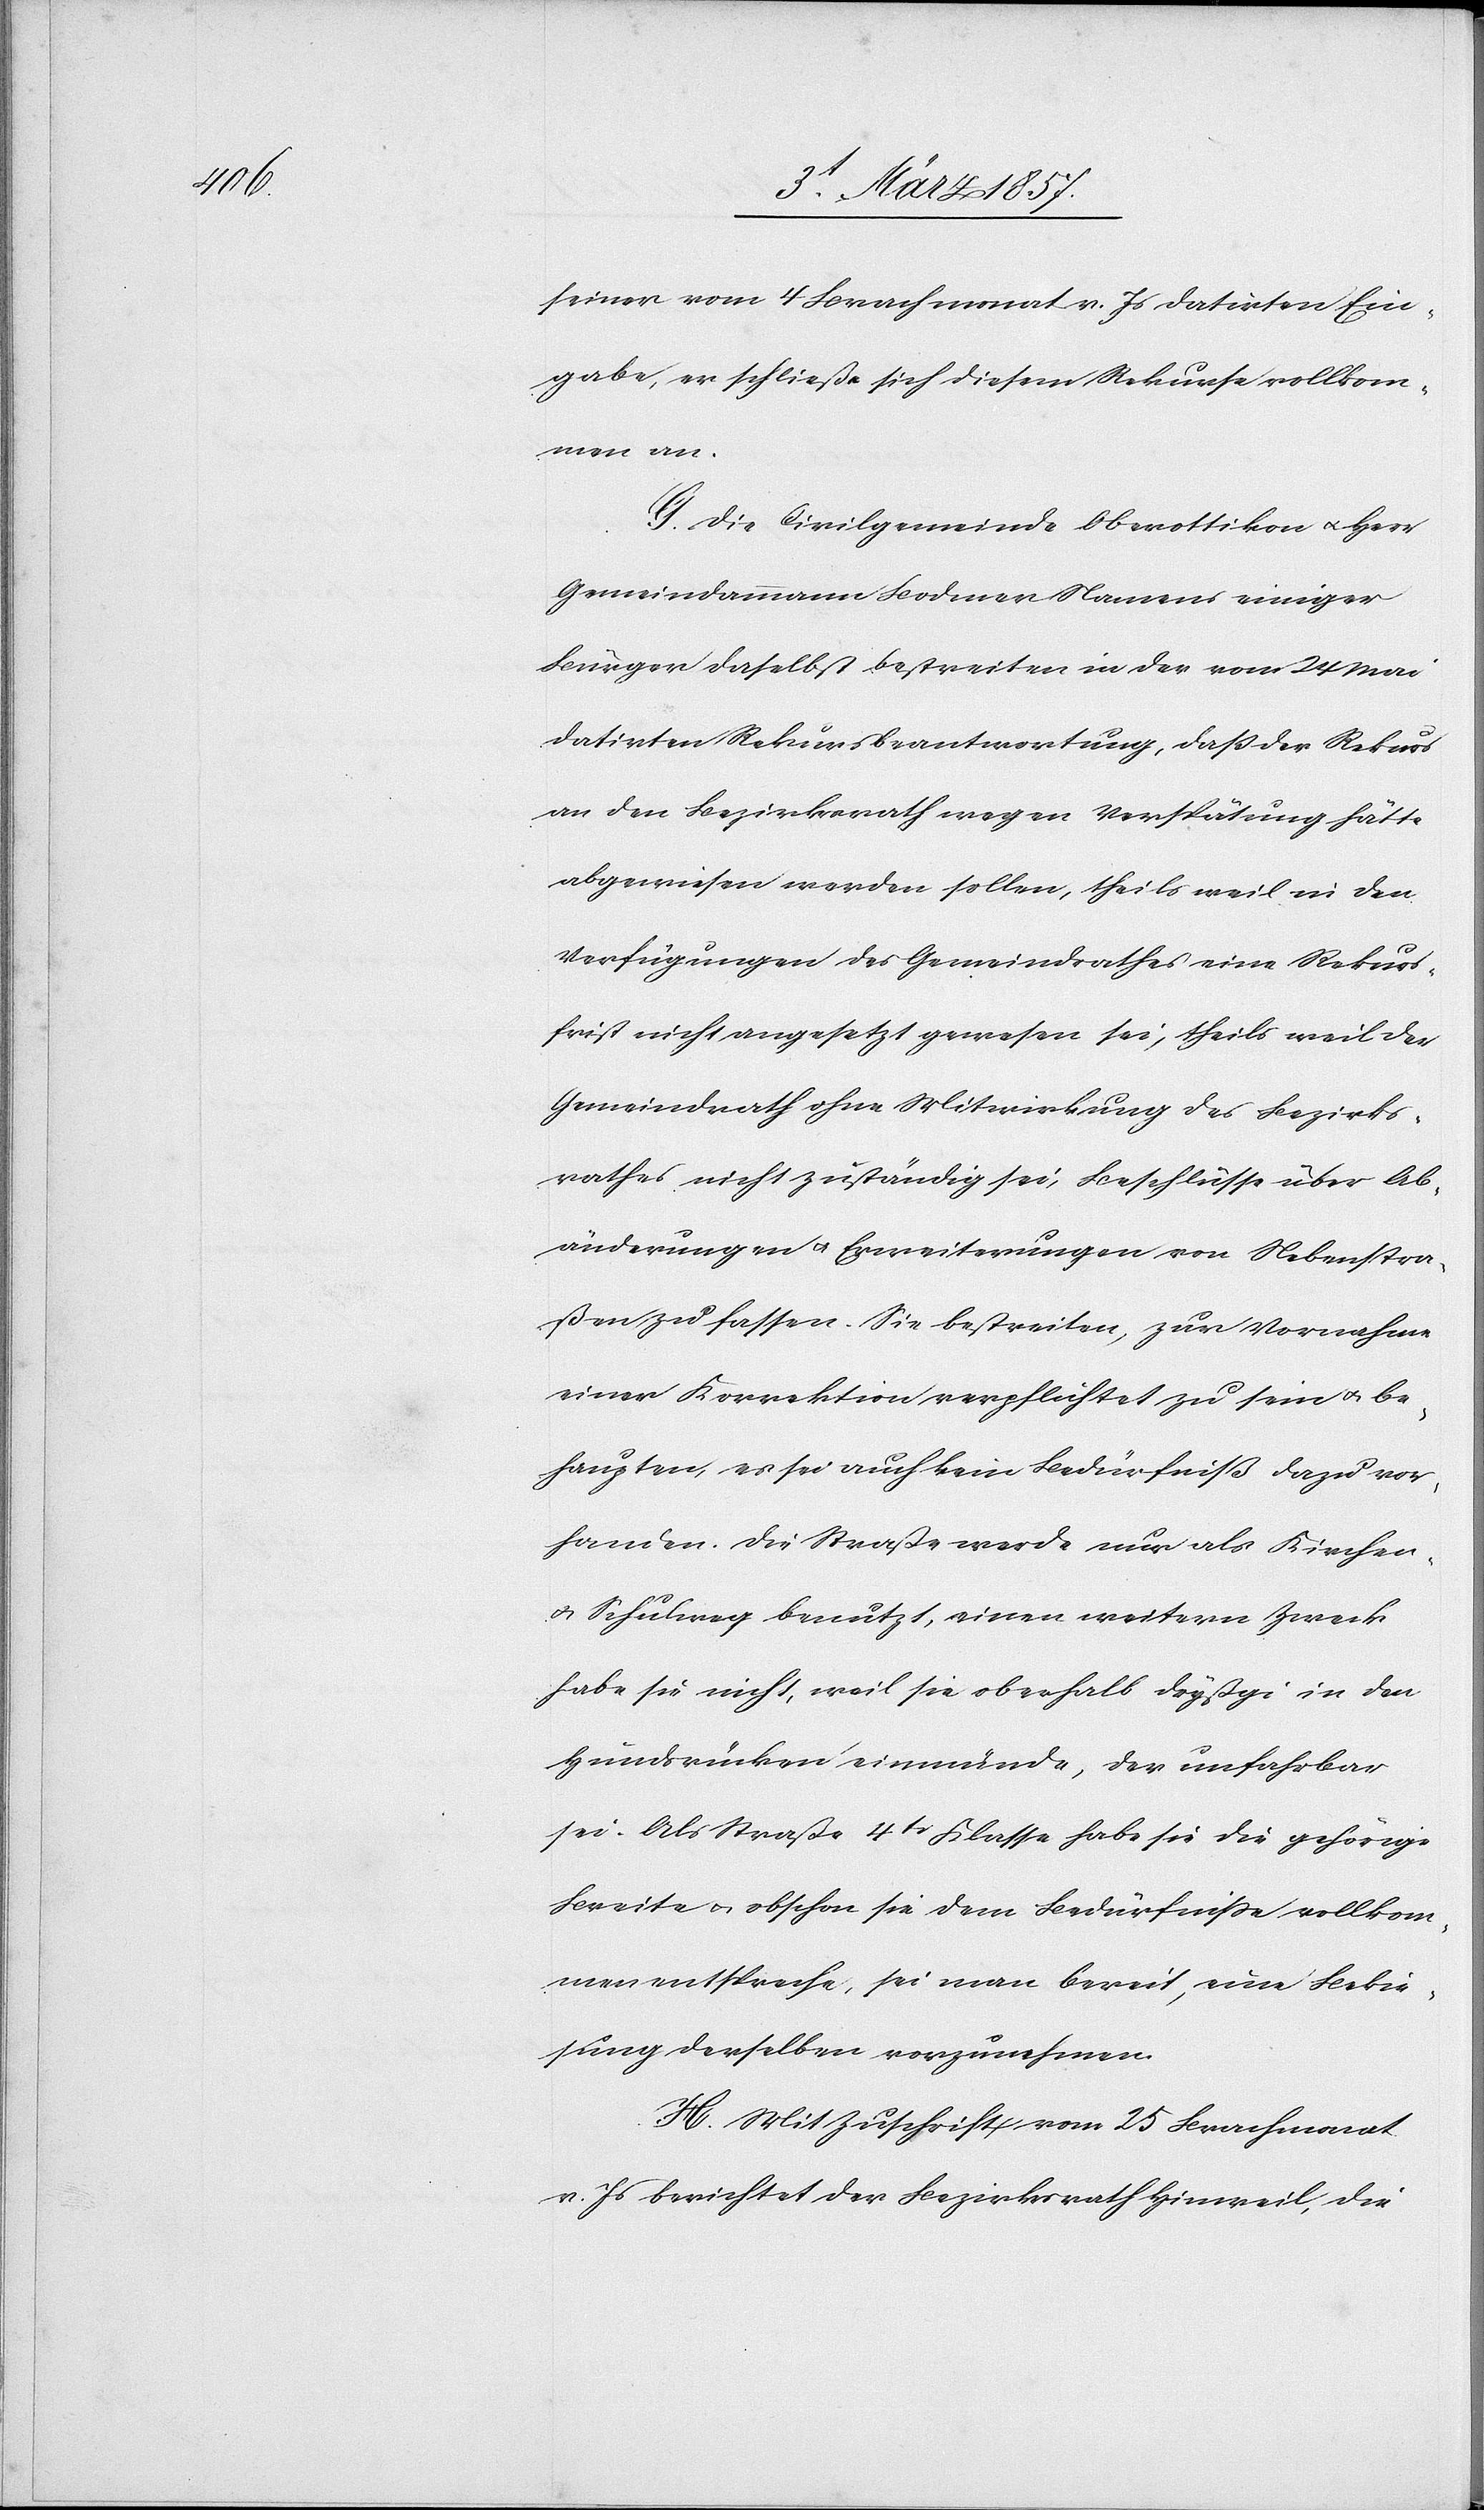
seiner vom 4 Brachmonat v. Js datirten Ein¬
gabe, er schließe sich diesem Rekurse vollkom¬
men an.
G. Die Civilgemeinde Oberottikon u. Herr
Gemeindammann Bodmer Namens einiger
Bürger daselbst bestreiten in der vom 24 Mai
datirten Rekursbeantwortung, daß der Rekurs
an den Bezirksrath wegen Verspätung hätte
abgewiesen werden sollen, theils weil in den
Verfügungen des Gemeindrathes eine Rekurs¬
frist nicht angesetzt gewesen sei, theils weil der
Gemeindrath ohne Mitwirkung des Bezirks¬
rathes nicht zuständig sei, Beschlüsse über Ab¬
änderungen u. Erweiterungen von Nebenstra¬
ßen zu fassen. Sie bestreiten, zur Vornahme
einer Korrektion verpflichtet zu sein u. be¬
haupten, es sei auch kein Bedürfniß dazu vor¬
handen. Die Straße werde nur als Kirchen-
u. Schulweg benutzt, einen weitern Zweck
habe sie nicht, weil sie oberhalb Dryßgi in den
Hundsrücken einmünde, der unfahrbar
sei. Als Straße 4tr Klasse habe sie die gehörige
Breite u. obschon sie dem Bedürfnisse vollkom¬
men entspreche, sei man bereit, neue Bekie¬
sung derselben vorzunehmen.
H. Mit Zuschrift vom 25 Brachmonat
v. Js berichtet der Bezirksrath Hinweil, die